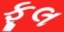
ફૂલ